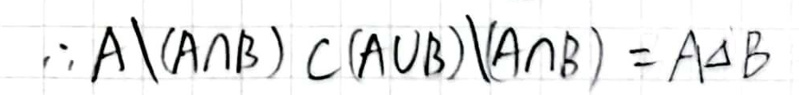
$\therefore A\backslash(A\cap B) C(A\cup B)\backslash(A\cap B)=A\Delta B$